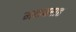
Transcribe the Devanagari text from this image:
मकबराह